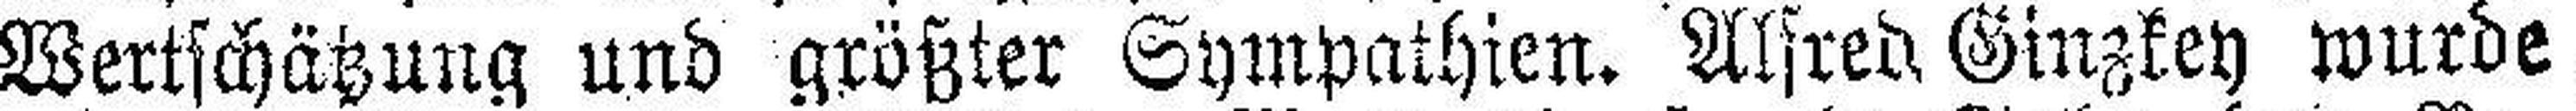
Wertschätzung und größter Sympathien. Alfred Ginzkey wurde,